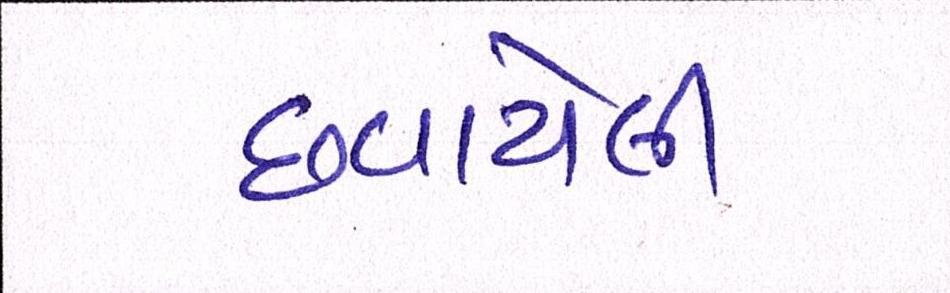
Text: છવાયેલી